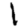
Digit: 1